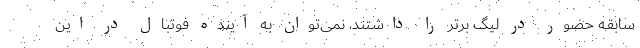
سابقه حضور در لیگ برتر را داشتند، نمی‌توان به آینده فوتبال در این